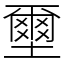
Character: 壐